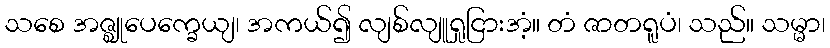
သစေ အဇ္ဈုပေက္ခေယျ၊ အကယ်၍ လျစ်လျူရှုငြားအံ့။ တံ ဇာတရူပံ၊ သည်။ သမ္မာ၊